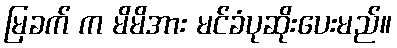
မြခက် က မိမိအား မင်ခံပုဆိုးပေးမည်။